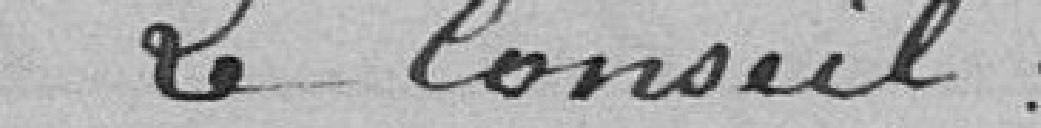
Le conseil: